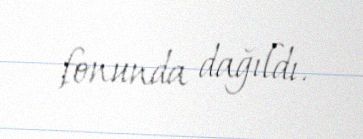
fonunda dağıldı.